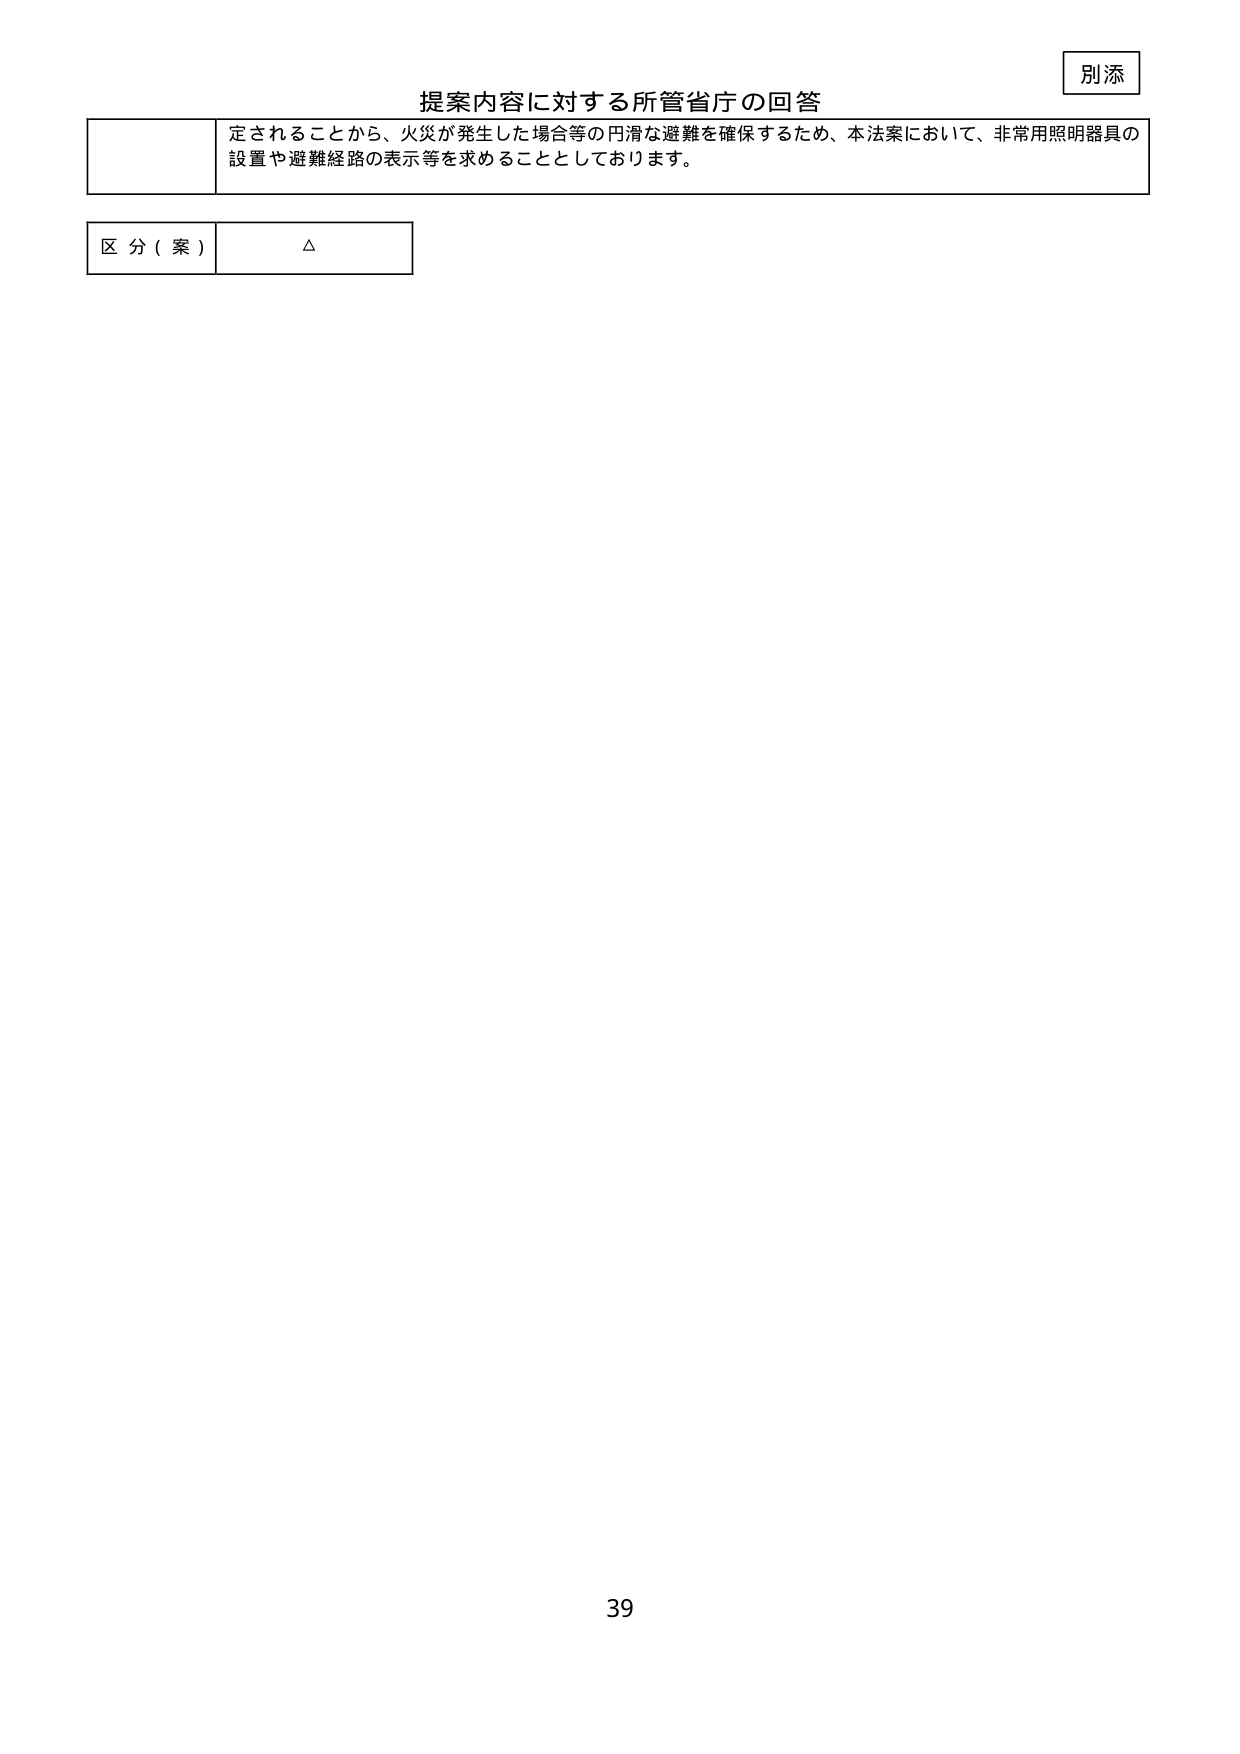
別添
提案内容に対する所管省庁の回答
定されることから、火災が発生した場合等の円滑な避難を確保するため、本法案において、非常用照明器具の
設置や避難経路の表示等を求める thing としております。
区分（案） △
39